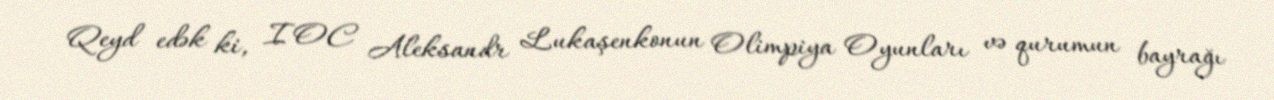
Qeyd edək ki, IOC Aleksandr Lukaşenkonun Olimpiya Oyunları və qurumun bayrağı